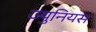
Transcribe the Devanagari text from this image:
ज्युनियस